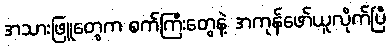
အသားဖြူတွေက စက်ကြီးတွေနဲ့ အကုန်ဖော်ယူလိုက်ပြီ